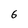
Character: 6